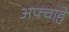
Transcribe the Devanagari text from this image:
अफ्वाहे